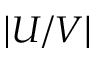
| U / V |